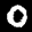
Label: 0